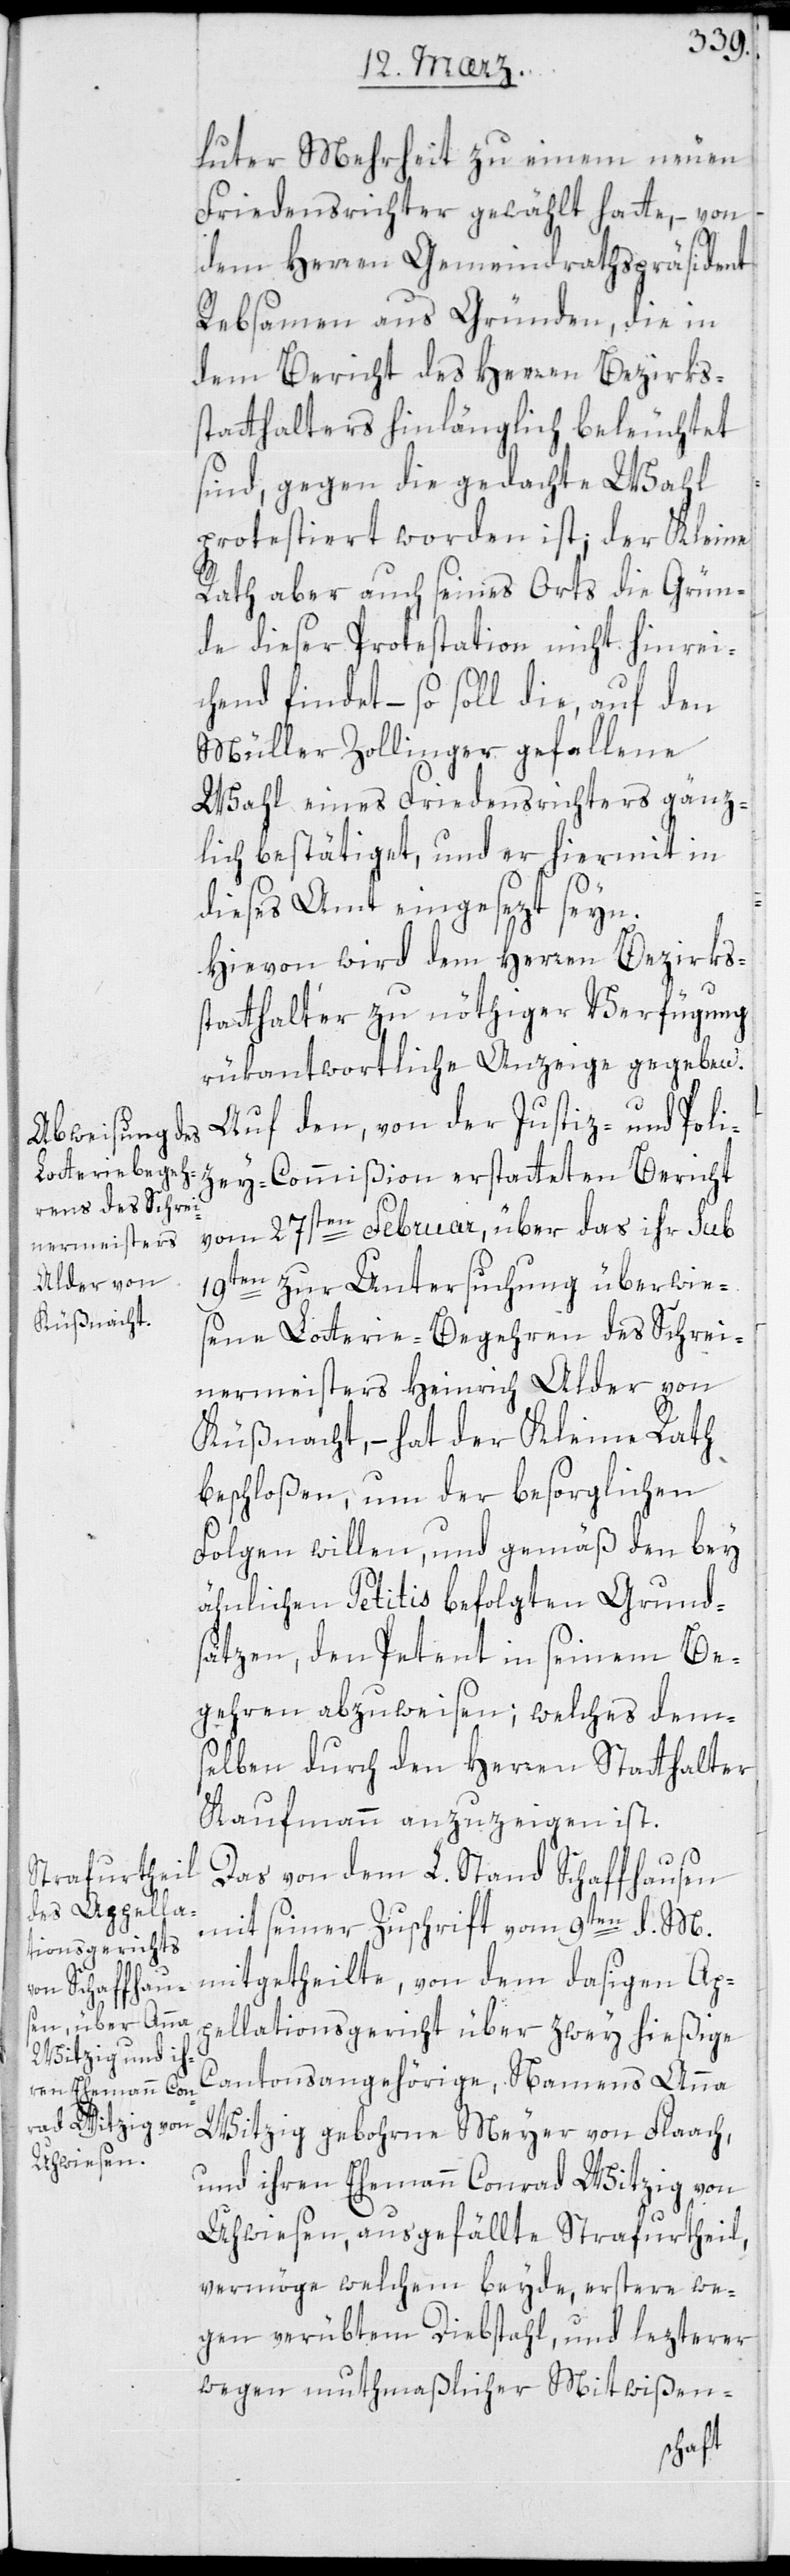
luter Mehrheit zu einem neuen
Friedensrichter gewählt hatte, – von
dem Herren Gemeindrathspräsident
Rebsamen aus Gründen, die in
dem Bericht des Herren Bezirks¬
statthalters hinlänglich beleuchtet
sind, gegen die gedachte Wahl
protestiert worden ist; der Kleine
Rath aber auch seines Orts die Grün¬
de dieser Protestation nicht hinrei¬
chend findet, – so soll die auf den
Müller Zollinger gefallene
Wahl eines Friedensrichters gänz¬
lich bestätiget, und er hiermit in
dieses Amt eingesezt seyn.
Hievon wird dem Herren Bezirks¬
statthalter zu nöthiger Verfügung
rükantwortliche Anzeige gegeben.
Auf den, von der Justiz- und Poli¬
zey-Commißion erstatteten Bericht
vom 27sten Februar, über das ihr sub
19ten zur Untersuchung überwie¬
sene Lotterie-Begehren des Schrei¬
nermeisters Heinrich Alder von
Küßnacht, – hat der Kleine Rath
beschloßen, um der besorglichen
Folgen willen, und gemäß den bey
ähnlichen Petitis befolgten Grunds¬
ätzen, den Petent in seinem Be¬
gehren abzuweisen; welches dem¬
selben durch den Herren Statthalter
Kaufmann anzuzeigen ist.
Das von dem L. Stand Schaffhausen
mit seiner Zuschrift vom 9ten d. M[es].
mitgetheilte, von dem dasigen Ap¬
pellationsgericht über zwey hießige
Cantonsangehörige, Namens Anna
Witzig gebohrne Meyer von Flaach,
und ihren Ehemann Conrad Witzig von
Uhwiesen, ausgefällte Strafurtheil,
vermöge welchem beyde, erstere we¬
gen verübten Diebstahl und lezterer
wegen mutmaßlicher Mitwißen-